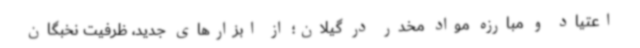
اعتیاد و مبارزه مواد مخدر در گیلان؛ از ابزارهای جدید، ظرفیت نخبگان